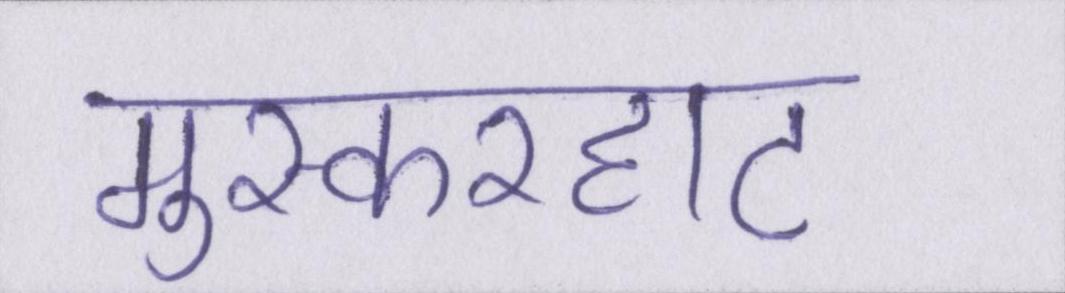
मुस्करहाट